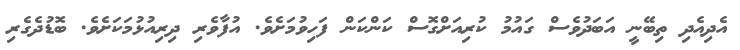
އެދިއެދި ތިބޭނީ އަބަދުވެސް ގައުމު ކުރިއަށްގޮސް ކަންކަން ފަހިވުމަށެވެ. އުފާވެރި ދިރިއުޅުމަކަށެވެ. ބޮޑުދެގެރި